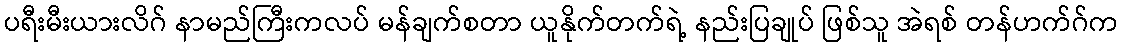
ပရီးမီးယားလိဂ် နာမည်ကြီးကလပ် မန်ချက်စတာ ယူနိုက်တက်ရဲ့ နည်းပြချုပ် ဖြစ်သူ အဲရစ် တန်ဟက်ဂ်က